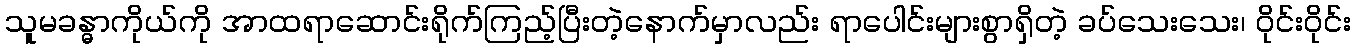
သူမခန္ဓာကိုယ်ကို အာထရာဆောင်းရိုက်ကြည့်ပြီးတဲ့နောက်မှာလည်း ရာပေါင်းများစွာရှိတဲ့ ခပ်သေးသေး၊ ဝိုင်းဝိုင်း